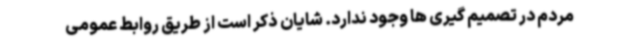
مردم در تصمیم گیری ها وجود ندارد. شایان ذکر است از طریق روابط عمومی